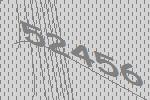
52456